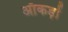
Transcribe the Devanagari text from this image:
ऑकड़ों